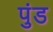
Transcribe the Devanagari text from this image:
पुंड